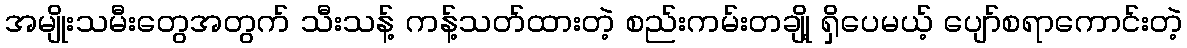
အမျိုးသမီးတွေအတွက် သီးသန့် ကန့်သတ်ထားတဲ့ စည်းကမ်းတချို့ ရှိပေမယ့် ပျော်စရာကောင်းတဲ့